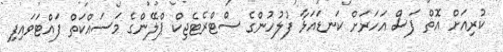
ކުރިއަށް އޮތް ފަސް އަހަރަށް ކަނޑައަޅާ ފުލުހުންގެ ސްޓްރެޓެޖިކް ޕްލޭންގެ މަސައްކަތް ފައްޓަވައިފި